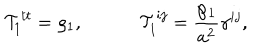
{ \cal T } _ { 1 } ^ { t t } = \varrho _ { 1 } , { \cal T } _ { 1 } ^ { i j } = { \frac { \wp _ { 1 } } { a ^ { 2 } } } \gamma ^ { i j } ,